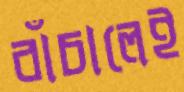
বাঁচালেই